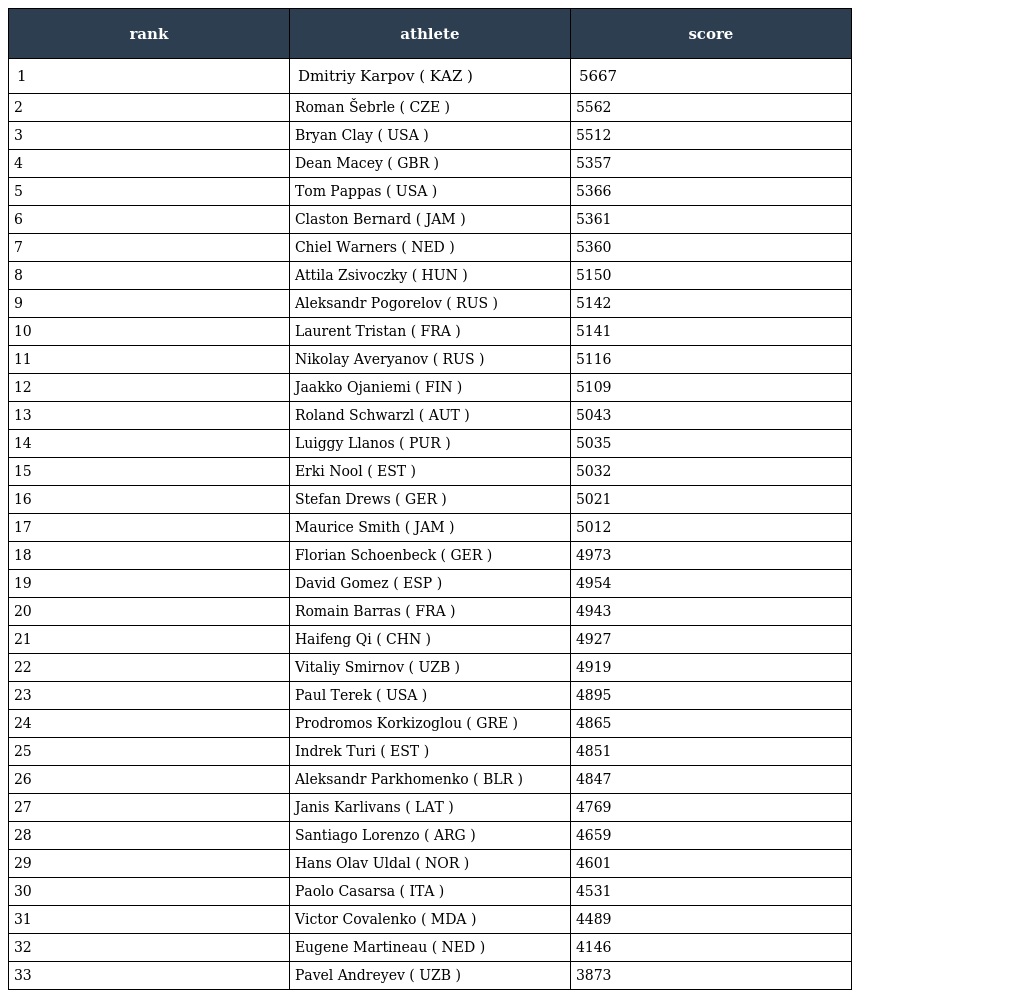
| rank | athlete | score |
 | --- | --- | --- |
 | 1 | Dmitriy Karpov ( KAZ ) | 5667 |
 | 2 | Roman Šebrle ( CZE ) | 5562 |
 | 3 | Bryan Clay ( USA ) | 5512 |
 | 4 | Dean Macey ( GBR ) | 5357 |
 | 5 | Tom Pappas ( USA ) | 5366 |
 | 6 | Claston Bernard ( JAM ) | 5361 |
 | 7 | Chiel Warners ( NED ) | 5360 |
 | 8 | Attila Zsivoczky ( HUN ) | 5150 |
 | 9 | Aleksandr Pogorelov ( RUS ) | 5142 |
 | 10 | Laurent Tristan ( FRA ) | 5141 |
 | 11 | Nikolay Averyanov ( RUS ) | 5116 |
 | 12 | Jaakko Ojaniemi ( FIN ) | 5109 |
 | 13 | Roland Schwarzl ( AUT ) | 5043 |
 | 14 | Luiggy Llanos ( PUR ) | 5035 |
 | 15 | Erki Nool ( EST ) | 5032 |
 | 16 | Stefan Drews ( GER ) | 5021 |
 | 17 | Maurice Smith ( JAM ) | 5012 |
 | 18 | Florian Schoenbeck ( GER ) | 4973 |
 | 19 | David Gomez ( ESP ) | 4954 |
 | 20 | Romain Barras ( FRA ) | 4943 |
 | 21 | Haifeng Qi ( CHN ) | 4927 |
 | 22 | Vitaliy Smirnov ( UZB ) | 4919 |
 | 23 | Paul Terek ( USA ) | 4895 |
 | 24 | Prodromos Korkizoglou ( GRE ) | 4865 |
 | 25 | Indrek Turi ( EST ) | 4851 |
 | 26 | Aleksandr Parkhomenko ( BLR ) | 4847 |
 | 27 | Janis Karlivans ( LAT ) | 4769 |
 | 28 | Santiago Lorenzo ( ARG ) | 4659 |
 | 29 | Hans Olav Uldal ( NOR ) | 4601 |
 | 30 | Paolo Casarsa ( ITA ) | 4531 |
 | 31 | Victor Covalenko ( MDA ) | 4489 |
 | 32 | Eugene Martineau ( NED ) | 4146 |
 | 33 | Pavel Andreyev ( UZB ) | 3873 |